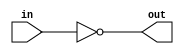
module coreir_not #(
    parameter width = 1
) (
    input [width-1:0] in,
    output [width-1:0] out
);
  assign out = ~in;
endmodule

module coreir_add #(
    parameter width = 1
) (
    input [width-1:0] in0,
    input [width-1:0] in1,
    output [width-1:0] out
);
  assign out = in0 + in1;
endmodule

module corebit_not (
    input in,
    output out
);
  assign out = ~in;
endmodule

module corebit_const #(
    parameter value = 1
) (
    output out
);
  assign out = value;
endmodule

module Add2_cout_cin (
    input [1:0] I0,
    input [1:0] I1,
    output [1:0] O,
    output COUT,
    input CIN
);
wire bit_const_0_None_out;
wire [2:0] coreir_add3_inst0_out;
wire [2:0] coreir_add3_inst1_out;
corebit_const #(
    .value(1'b0)
) bit_const_0_None (
    .out(bit_const_0_None_out)
);
wire [2:0] coreir_add3_inst0_in1;
assign coreir_add3_inst0_in1 = {bit_const_0_None_out,I1};
coreir_add #(
    .width(3)
) coreir_add3_inst0 (
    .in0(coreir_add3_inst1_out),
    .in1(coreir_add3_inst0_in1),
    .out(coreir_add3_inst0_out)
);
wire [2:0] coreir_add3_inst1_in0;
assign coreir_add3_inst1_in0 = {bit_const_0_None_out,bit_const_0_None_out,CIN};
wire [2:0] coreir_add3_inst1_in1;
assign coreir_add3_inst1_in1 = {bit_const_0_None_out,I0};
coreir_add #(
    .width(3)
) coreir_add3_inst1 (
    .in0(coreir_add3_inst1_in0),
    .in1(coreir_add3_inst1_in1),
    .out(coreir_add3_inst1_out)
);
assign O = coreir_add3_inst0_out[1:0];
assign COUT = coreir_add3_inst0_out[2];
endmodule

module Sub2_cout_cin (
    input [1:0] I0,
    input [1:0] I1,
    output [1:0] O,
    output COUT,
    input CIN
);
wire [1:0] Add2_cout_cin_inst0_O;
wire Add2_cout_cin_inst0_COUT;
wire [1:0] Invert2_inst0_out;
wire not_inst0_out;
Add2_cout_cin Add2_cout_cin_inst0 (
    .I0(I0),
    .I1(Invert2_inst0_out),
    .O(Add2_cout_cin_inst0_O),
    .COUT(Add2_cout_cin_inst0_COUT),
    .CIN(not_inst0_out)
);
coreir_not #(
    .width(2)
) Invert2_inst0 (
    .in(I1),
    .out(Invert2_inst0_out)
);
corebit_not not_inst0 (
    .in(CIN),
    .out(not_inst0_out)
);
assign O = Add2_cout_cin_inst0_O;
assign COUT = Add2_cout_cin_inst0_COUT;
endmodule